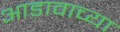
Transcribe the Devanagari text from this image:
आडावाच्या